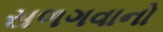
સળગવાનો